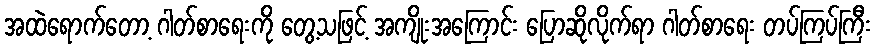
အထဲရောက်တော့ ဂါတ်စာရေးကို တွေ့သဖြင့် အကျိုးအကြောင်း ပြောဆိုလိုက်ရာ ဂါတ်စာရေး တပ်ကြပ်ကြီး